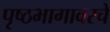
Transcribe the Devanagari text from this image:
पृष्ठभागावरचे